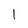
Character: 1